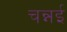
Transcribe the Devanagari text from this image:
चन्नई